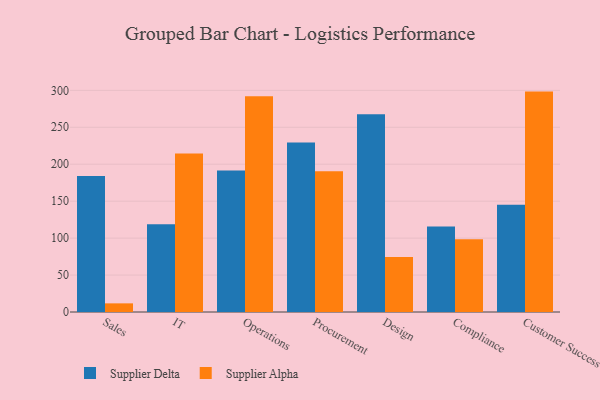
{"axis": {"x": "Department", "y": "Conversion Rate (%)"}, "legend": ["Supplier Alpha", "Supplier Delta"], "data": [{"x": "Sales", "y": 184.1, "type": "Supplier Delta"}, {"x": "Sales", "y": 11.7, "type": "Supplier Alpha"}, {"x": "IT", "y": 118.8, "type": "Supplier Delta"}, {"x": "IT", "y": 214.6, "type": "Supplier Alpha"}, {"x": "Operations", "y": 191.6, "type": "Supplier Delta"}, {"x": "Operations", "y": 291.9, "type": "Supplier Alpha"}, {"x": "Procurement", "y": 229.3, "type": "Supplier Delta"}, {"x": "Procurement", "y": 190.4, "type": "Supplier Alpha"}, {"x": "Design", "y": 267.7, "type": "Supplier Delta"}, {"x": "Design", "y": 74.5, "type": "Supplier Alpha"}, {"x": "Compliance", "y": 115.7, "type": "Supplier Delta"}, {"x": "Compliance", "y": 98.5, "type": "Supplier Alpha"}, {"x": "Customer Success", "y": 145.2, "type": "Supplier Delta"}, {"x": "Customer Success", "y": 298.3, "type": "Supplier Alpha"}]}